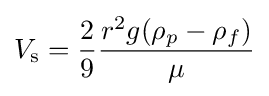
V_{\text{s}}={\frac {2}{9}}{\frac {r^{2}g(\rho _{p}-\rho _{f})}{\mu }}